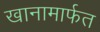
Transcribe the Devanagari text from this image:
खानामार्फत